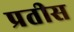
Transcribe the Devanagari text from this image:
प्रतीस